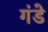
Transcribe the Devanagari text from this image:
गंडे